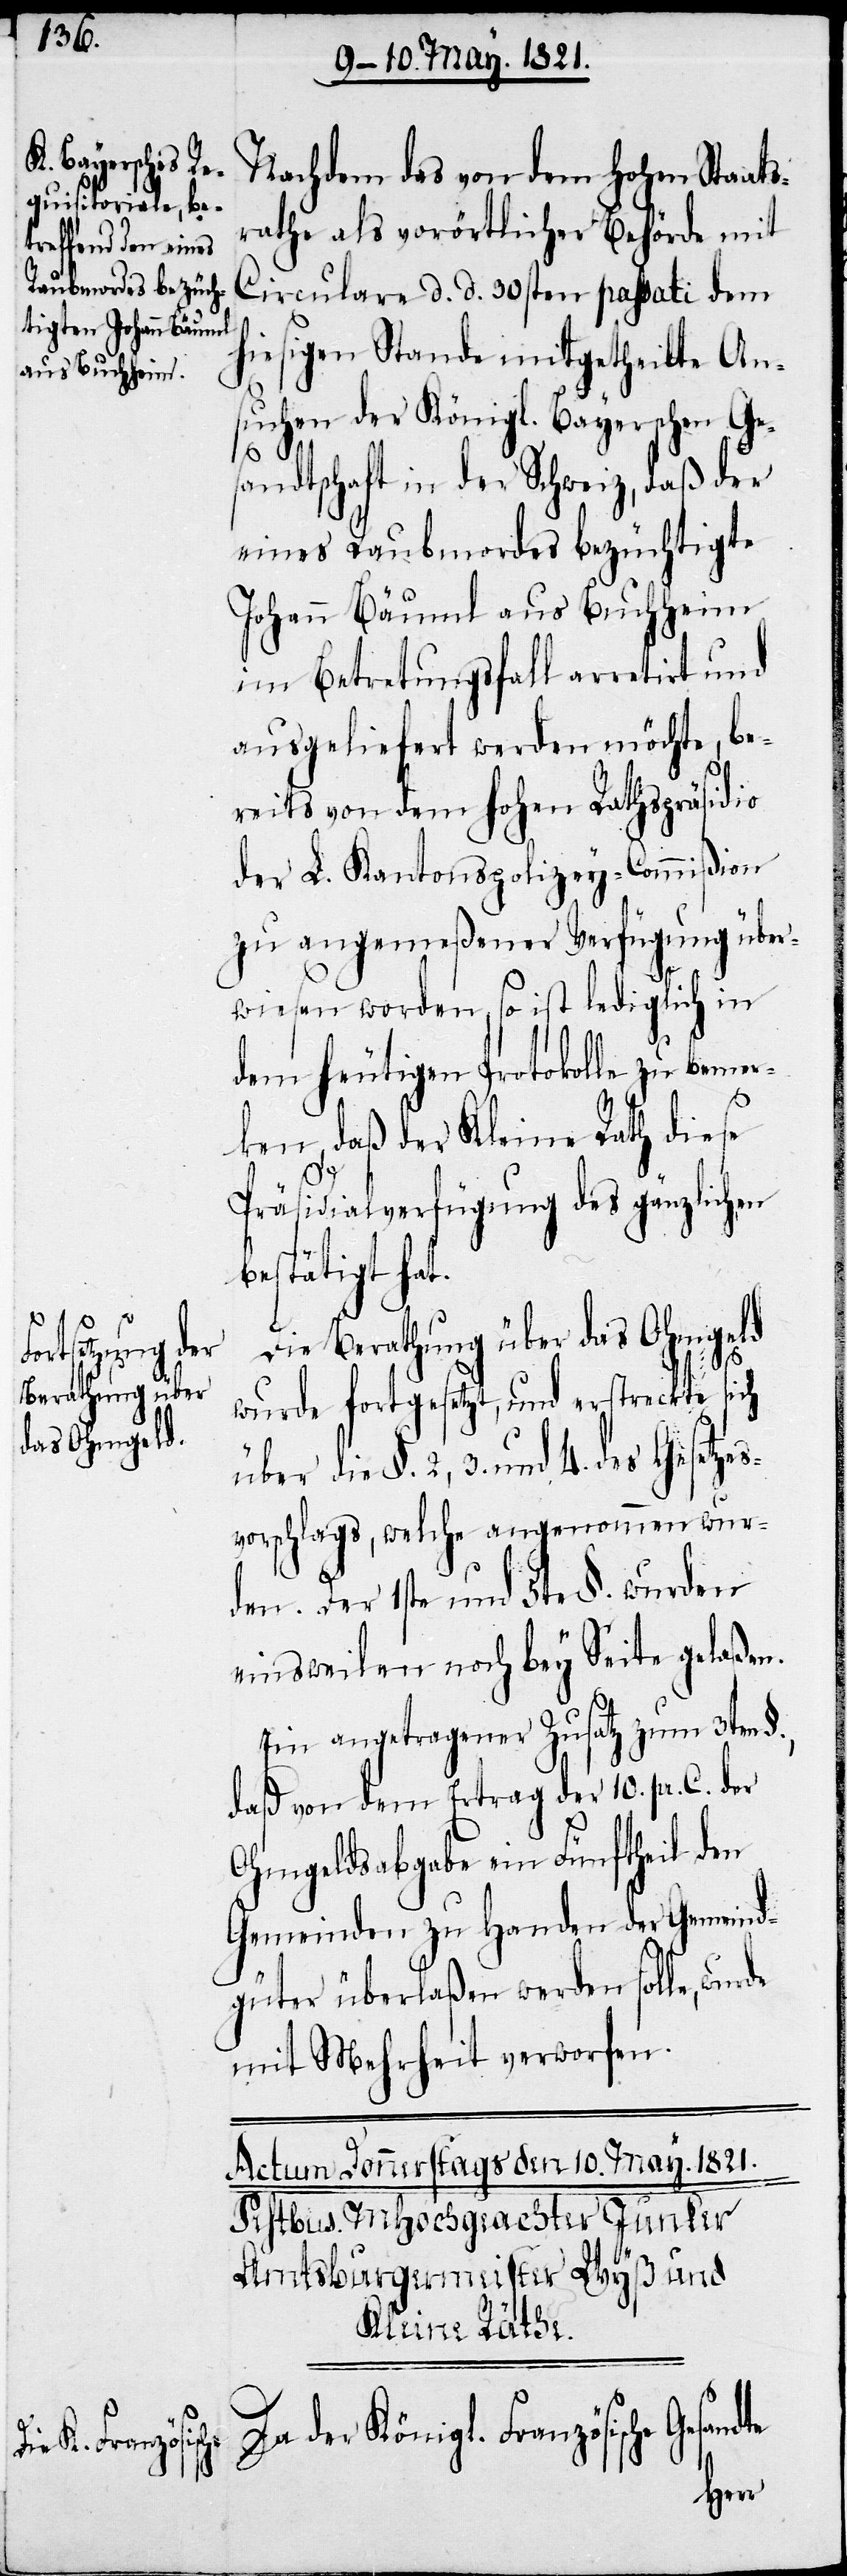
Nachdem das von dem hohen Staats¬
rathe als vorörtlicher Behörde mit
Circulare d. d. 30sten passati dem
hiesigen Stande mitgetheilte An¬
suchen der Königl. Bayerschen Ges¬
andtschaft in der Schweiz, daß der
eines Raubmordes bezüchtigte
Johann Bäuml aus Buchheim
im Betretungsfall arretirt und
ausgeliefert werden möchte, be¬
reits von dem hohen Rathspräsidio
der L. Kantonspolicey-Commißion
zu angemeßener Verfügung über¬
wiesen worden, so ist lediglich in
dem heutigen Protokolle zu bemer¬
ken, daß der Kleine Rath diese
Präsidialverfügung des gänzlichen
bestätigt hat.
Die Berathung über das Ohmgeld
3.
wurde fortgesetzt, und erstreckte sich
des Gesetzes¬
vorschlags, welche angenommen wur¬
den. Der 1ste und 5te §. wurden
einsweilen noch bey Seite gelaßen.
Ein angetragener Zusatz zum 3ten
daß von dem Ertrag der 10. pr. C. der
Ohmgeldsabgabe ein Fünftheil den
Gemeinden zu Handen der Gemeind¬
güter überlaßen werden solle, wur¬
mit Mehrheit verworfen.
Da der Königl. Französische Gesan¬
dte